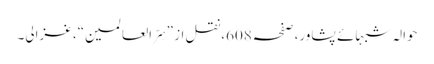
حوالہ شبہائے پشاور،صفحہ608،نقل از ”سِرّ العالمین“، غزالی۔